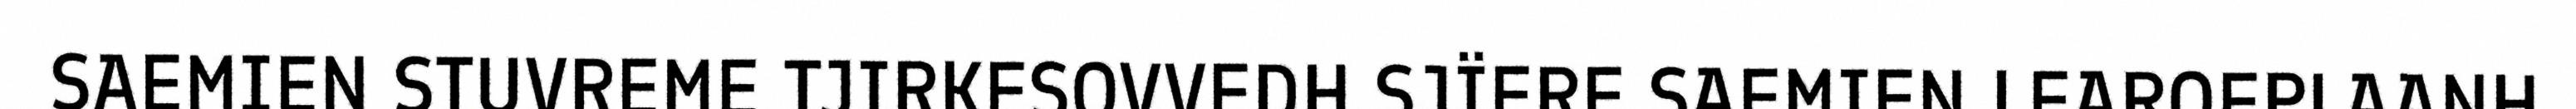
SAEMIEN STUVREME TJIRKESOVVEDH SJÏERE SAEMIEN LEAROEPLAANH